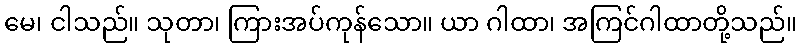
မေ၊ ငါသည်။ သုတာ၊ ကြားအပ်ကုန်သော။ ယာ ဂါထာ၊ အကြင်ဂါထာတို့သည်။